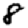
Digit: 8